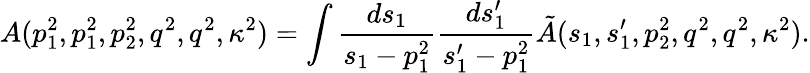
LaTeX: A(p_{1}^{2},p_{1}^{2},p_{2}^{2},q^{2},q^{2},\kappa^{2})=\int\frac{ds_{1}}{s_{1}-p_{1}^{2}}\frac{ds_{1}^{\prime}}{s_{1}^{\prime}-p_{1}^{2}}\tilde{A}(s_{1},s_{1}^{\prime},p_{2}^{2},q^{2},q^{2},\kappa^{2}).